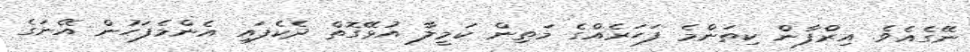
ނޭގެއެވެ. އިރްފާން ކިތަންމެ ފަހަރެއްގެ މަތިން ކަމީލާ އުޅޭގޮތް ދެކެފައި އެންމެފަހުން އޭނަގެ